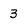
Character: 3